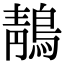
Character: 鶄